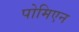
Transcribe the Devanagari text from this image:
पोमिएन